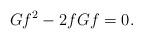
LaTeX: \begin{align*}Gf^2-2fGf=0.\end{align*}